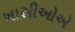
ખાસીઓએ